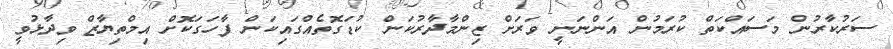
ސަރުކާރުން މަސައްކަތް ކުރަމުން އަންނަނީ ވަރަށް ޒިންމާދާރުކަން ކުޑަގޮތެއްގައިކަން ފާހަގަކޮށް އިމްތިޔާޒް ވިދާޅުވީ